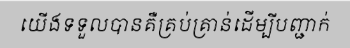
យើងទទួលបានគឺគ្រប់គ្រាន់ដើម្បីបញ្ជាក់